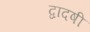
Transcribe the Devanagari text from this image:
द्वादषी